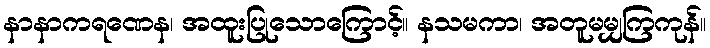
နာနာကရဏေန၊ အထူးပြုသောကြောင့်။ နသမကာ၊ အတူမမျှကြကုန်။